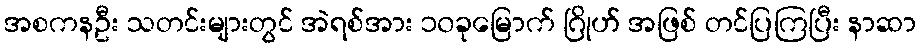
အစကနဦး သတင်းများတွင် အဲရစ်အား ၁၀ခုမြောက် ဂြိုဟ် အဖြစ် တင်ပြကြပြီး နာဆာ